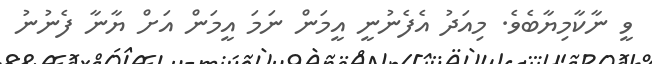
ވީ ނާކާމިޔާބެވެ. މިއަދު އެފެނުނީ އީމަން ނަމަ އީމަން އަށް ޔާނާ ފެނުނު